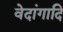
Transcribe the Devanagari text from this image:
वेदांगादि